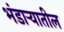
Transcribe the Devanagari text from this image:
भंडार्‍यातील